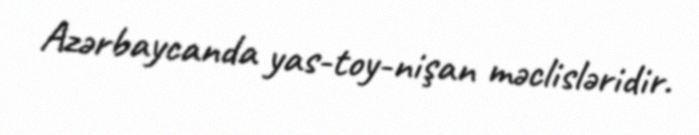
Azərbaycanda yas-toy-nişan məclisləridir.